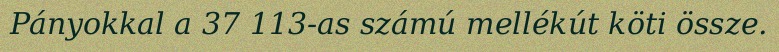
Pányokkal a 37 113-as számú mellékút köti össze.